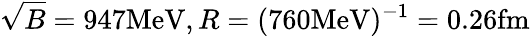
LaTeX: \sqrt{B}=947\mathrm{{MeV}},R=(760{\mathrm{MeV}})^{-1}=0.26\mathrm{{fm}}